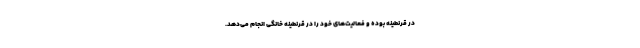
در قرنطینه بوده و فعالیت‌های خود را در قرنطینه خانگی انجام می‌دهد.